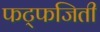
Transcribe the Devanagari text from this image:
फट्फजिती